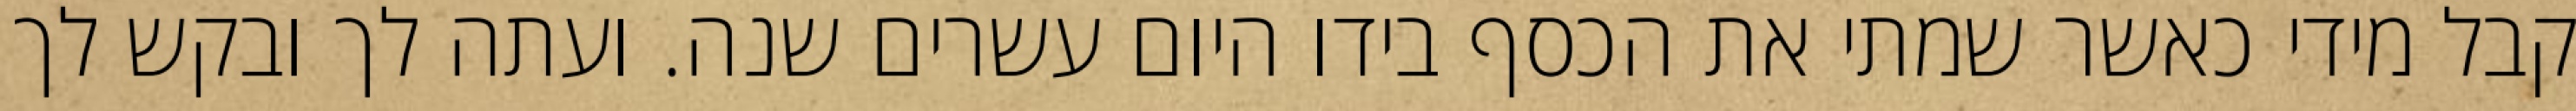
קבל מידי כאשר שמתי את הכסף בידו היום עשרים שנה. ועתה לך ובקש לך